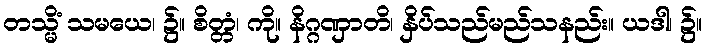
တသ္မိံ သမယေ၊ ၌။ စိတ္တံ၊ ကို။ နိဂ္ဂဏှာတိ၊ နှိပ်သည်မည်သနည်း။ ယဒါ၊ ၌။